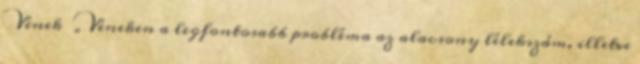
▪Vének ▪„Véneken a legfontosabb probléma az alacsony lélekszám, illetve